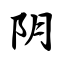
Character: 阴